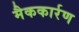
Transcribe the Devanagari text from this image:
मैककार्रण